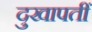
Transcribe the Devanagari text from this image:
दुखापतीं